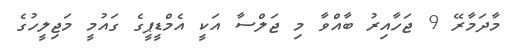
މާދަމާރޭ 9 ޖަހާއިރު ބާއްވާ މި ޖަލްސާ އަކީ އެމްޑީޕީގެ ގައުމީ މަޖިލީހުގެ